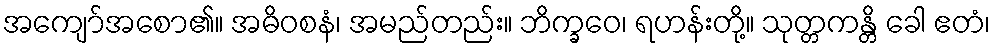
အကျော်အစော၏။ အဓိဝစနံ၊ အမည်တည်း။ ဘိက္ခဝေ၊ ရဟန်းတို့။ သုတ္တကန္တိ ခေါ ဧတံ၊